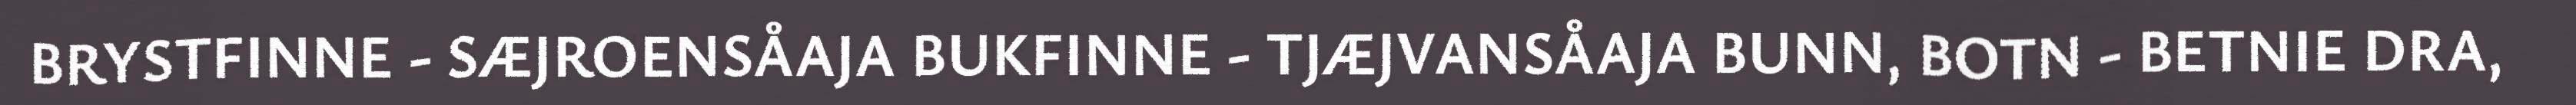
BRYSTFINNE - SÆJROENSÅAJA BUKFINNE - TJÆJVANSÅAJA BUNN, BOTN - BETNIE DRA,